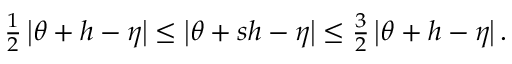
\begin{array} { r } { \frac { 1 } { 2 } \left\lvert { \boldsymbol { \theta } } + { \boldsymbol { h } } - { \boldsymbol { \eta } } \right\rvert \leq \left\lvert { \boldsymbol { \theta } } + s { \boldsymbol { h } } - { \boldsymbol { \eta } } \right\rvert \leq \frac { 3 } { 2 } \left\lvert { \boldsymbol { \theta } } + { \boldsymbol { h } } - { \boldsymbol { \eta } } \right\rvert . } \end{array}